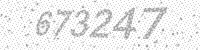
Solution: 673247